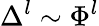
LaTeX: \Delta^{l}\sim\Phi^{l}